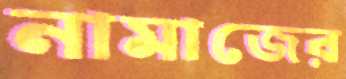
নামাজের